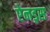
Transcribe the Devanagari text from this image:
ऐनड्रस